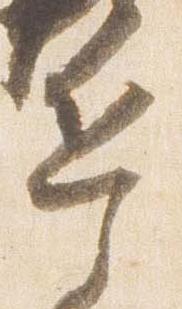
兵